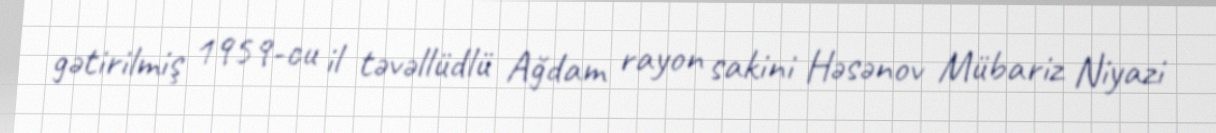
gətirilmiş 1959-cu il təvəllüdlü Ağdam rayon sakini Həsənov Mübariz Niyazi